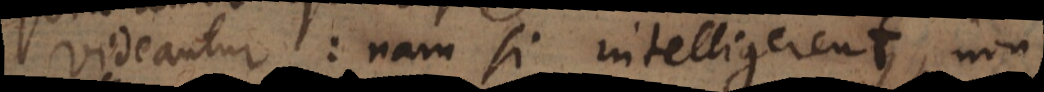
videantur; nam si intelligerent, non